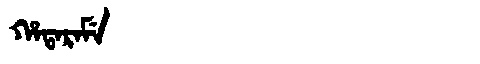
Manchu: ᡥᠠᡨᠠᡵᠠᠮᡝ
Romanization: HATARAME